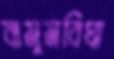
বামুনবিঘা